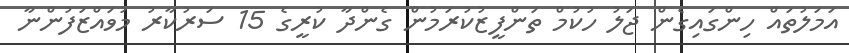
އަމަލުތައް ހިންގައިގެން ޖަލު ހުކުމް ތަންފީޒުކުރަމުން ގެންދާ ކުރީގެ 15 ސަރުކާރު މުވައްޒަފުންނާ